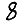
Digit: 8